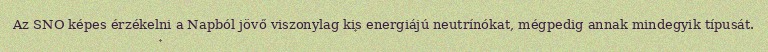
Az SNO képes érzékelni a Napból jövő viszonylag kis energiájú neutrínókat, mégpedig annak mindegyik típusát.